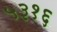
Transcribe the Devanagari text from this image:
५३१६